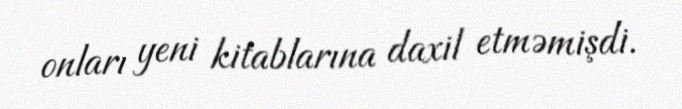
onları yeni kitablarına daxil etməmişdi.